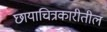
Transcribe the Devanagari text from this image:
छायाचित्रकारीतील